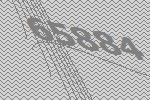
65884